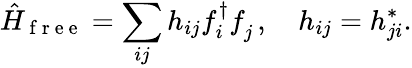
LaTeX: \hat{H}_{\mathrm{~f~r~e~e~}}=\sum_{ij}h_{ij}f_{i}^{\dagger}f_{j}^{\phantom{\dagger}},\quad h_{ij}=h_{ji}^{\ast}.